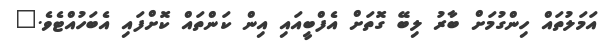
އަމަލުތައް ހިންގުމަށް ބާރު ލިބޭ ގޮތަށް އެފްބީއައި އިން ކަންތައް ކޮށްފައި އެބަހުއްޓެވެ."